Lunatic asylums Punjab 1868-1880 - 1868-1880
Year: 1868
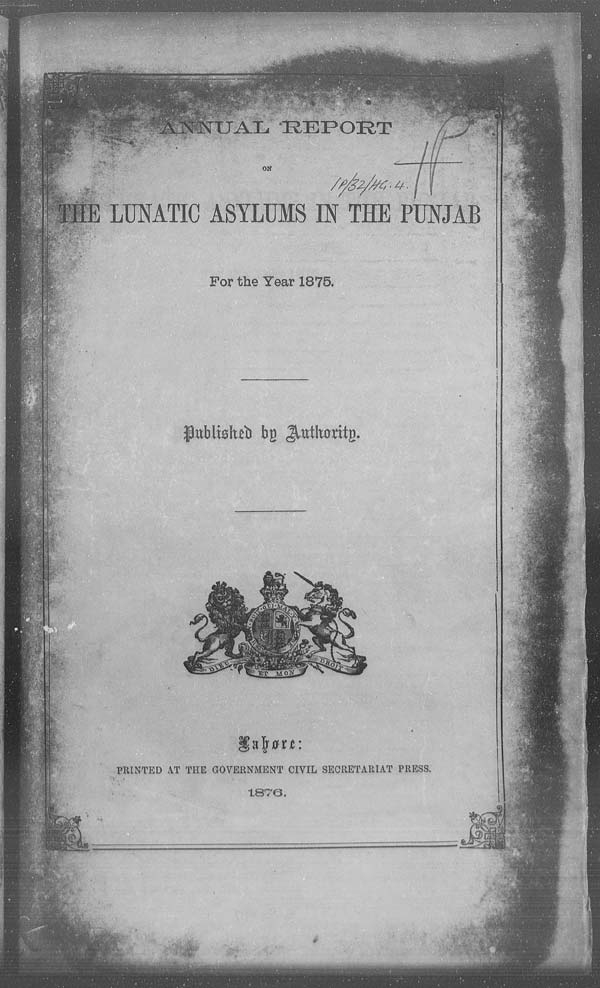
ANNUAL REPORT
ON
THE LUNATIC ASYLUMS IN THE PUNJAB
For the Year 1875.
Published by Authority.
Lahore:
PRINTED AT THE GOVERNMENT CIVIL SECRETARIAT PRESS.
1876.